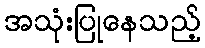
အသုံးပြုနေသည့်